Voru_kinnistusamet, lk 12
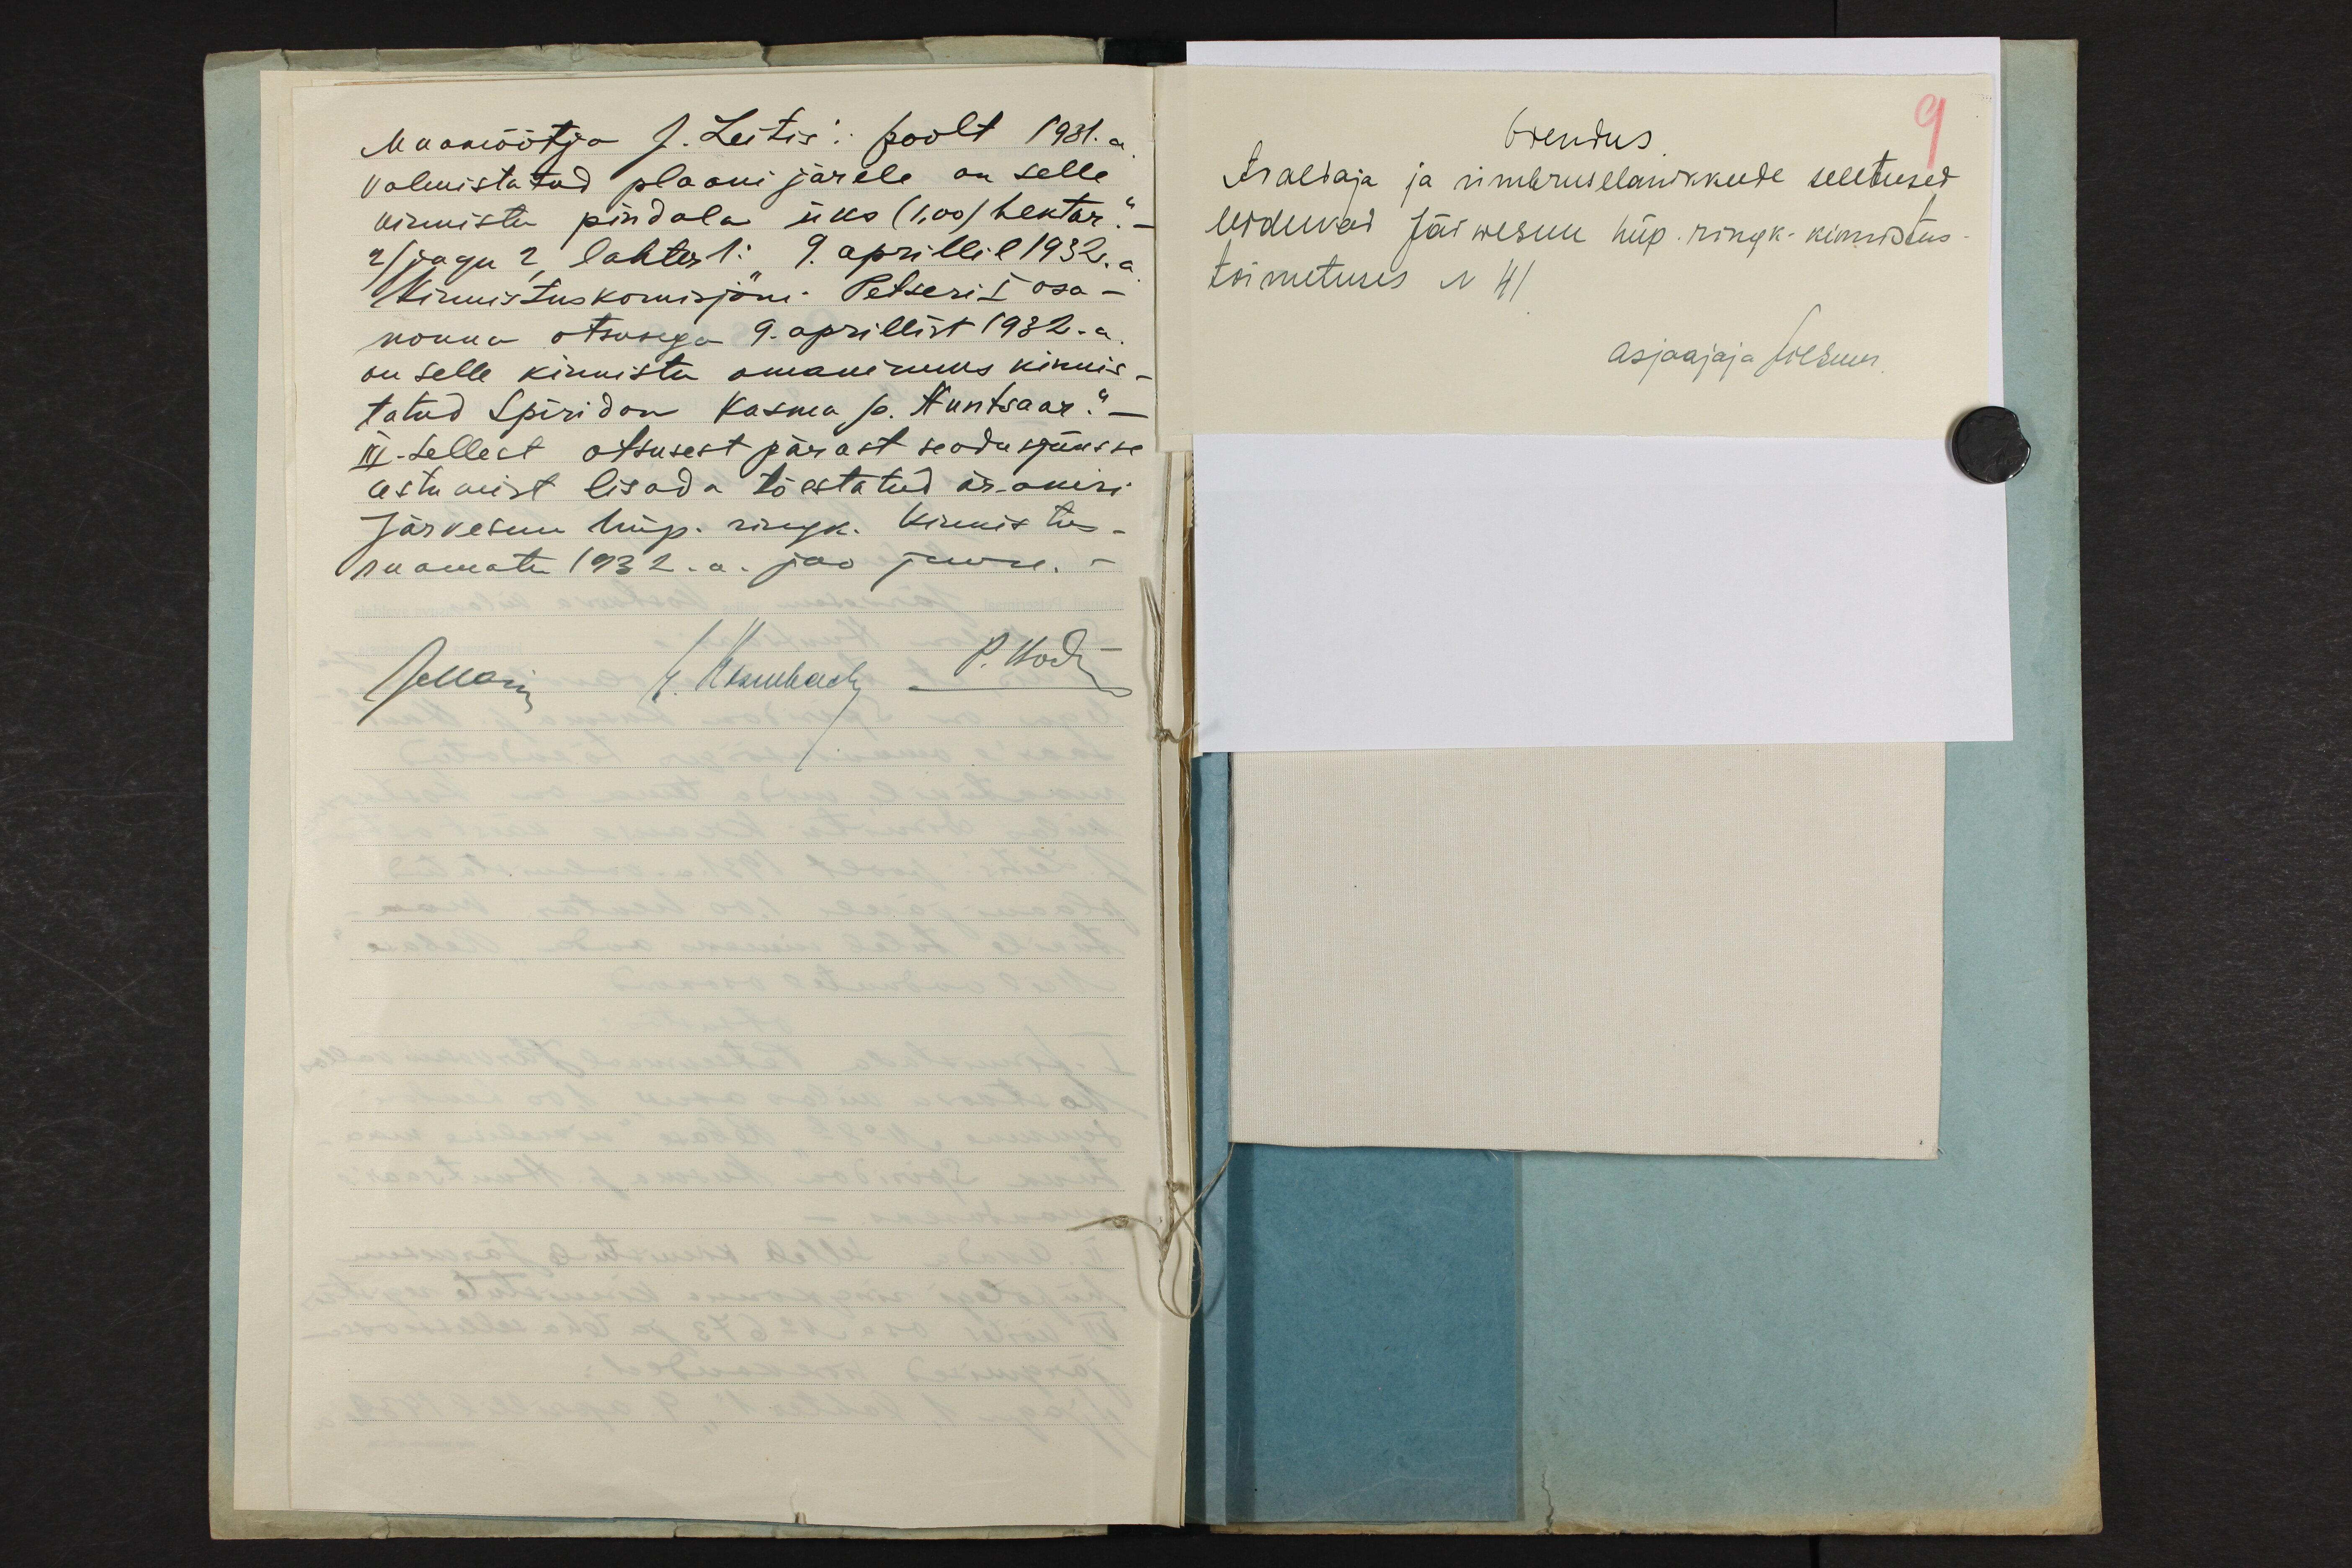
Maamõõtja J. Leitis´i poolt 1931.a.
valmistatud plaani järele on selle
kinnistu pindala üks (1,00) hektar."-
2) jagu 2, lahter 1: "9. aprillil 1932.a.
Kinnistuskomisjoni Petseri I osa-
konna otsusega 9. aprillist 1932.a.
on selle kinnistu omanikuks kinnis-
tatud Spiridon Kusma p. Huntsaar."-
III. Sellest otsusest pärast seadusjõusse
astumist lisada tõestatud ärakiri
Järvesuu hüp. ringk. Kinnistus-
raamatu 1932.a. jao juure.-
JMaise E. Rosenbach P. Bock

Õiendus.
9
Avaldaja ja ümbruselanikkude seletused
leiduvad Järwesuu hüp. ringk. kinnistus-
toimetuses N 41
Asjaajaja